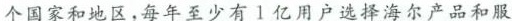
个国家和地区，每年至少有1亿用户选择海尔产品和服